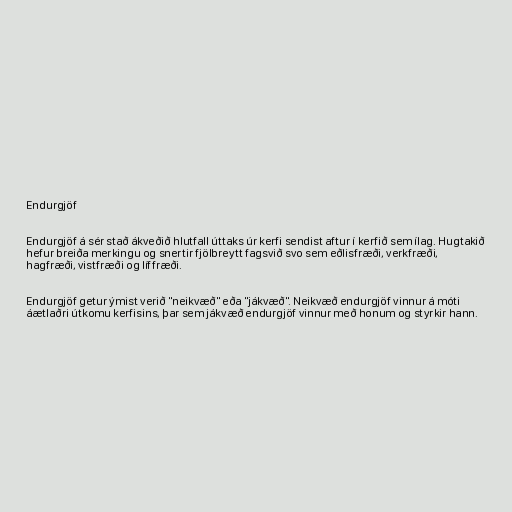
Endurgjöf

Endurgjöf á sér stað ákveðið hlutfall úttaks úr kerfi sendist aftur í kerfið sem ílag. Hugtakið
hefur breiða merkingu og snertir fjölbreytt fagsvið svo sem eðlisfræði, verkfræði,
hagfræði, vistfræði og líffræði.

Endurgjöf getur ýmist verið "neikvæð" eða "jákvæð". Neikvæð endurgjöf vinnur á móti
áætlaðri útkomu kerfisins, þar sem jákvæð endurgjöf vinnur með honum og styrkir hann.